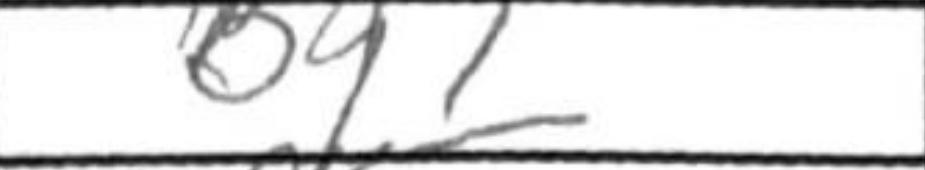
Transcription: Bg7